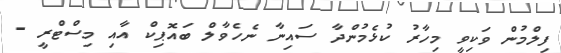
ފިލްމުން ވަކިވީ މިހާރު ކުޅެމުންދާ ސައިނާ ނެހެވާލް ބައޮޕިކް އާއި މިސްޓްރީ -